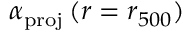
\alpha _ { \mathrm { p r o j } } \, ( r = r _ { 5 0 0 } )